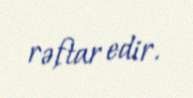
rəftar edir.